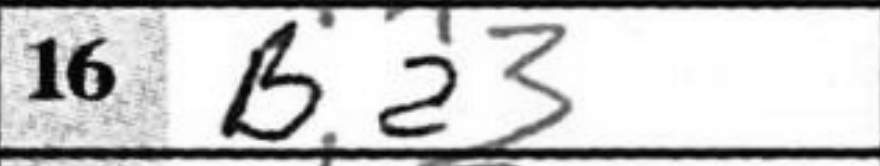
Transcription: Ba3